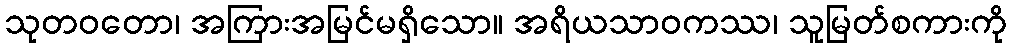
သုတဝတော၊ အကြားအမြင်မရှိသော။ အရိယသာဝကဿ၊ သူမြတ်စကားကို